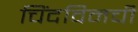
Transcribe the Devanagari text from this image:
चिंदविनची